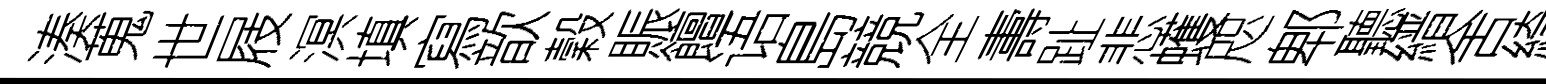
湊蒐世屐溟填寫歆穀賑饘语島競全夀趾悲蠖咫郫聽縉舍綺